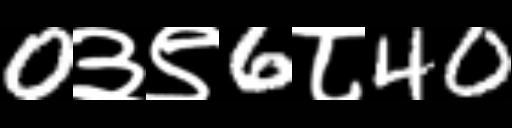
Text: 0३९6८40